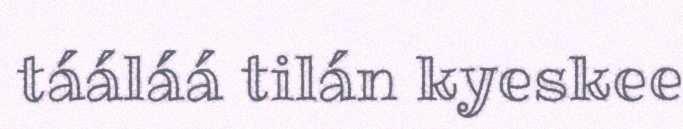
tááláá tilán kyeskee